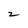
Character: 2